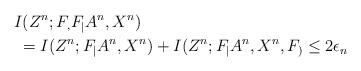
LaTeX: \begin{align*}&I(Z^n;F_,F_|A^n,X^n)\\& \;= I(Z^n;F_|A^n,X^n) +I(Z^n;F_|A^n,X^n,F_)\leq 2\epsilon_n\end{align*}